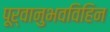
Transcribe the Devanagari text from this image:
पूर्वानुभवविहिन